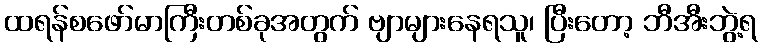
ထရန်စဖော်မာကြီးတစ်ခုအတွက် ဗျာများနေရသူ၊ ပြီးတော့ ဘီအီးဘွဲ့ရ